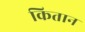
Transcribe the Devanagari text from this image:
कितान